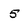
Character: 5